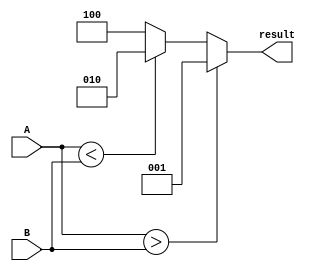
module unsigned_comparator(
    input [31:0] A,
    input [31:0] B,
    output [2:0] result
);

    assign result = (A > B) ? 3'b001 : (A < B) ? 3'b010 : 3'b100;

endmodule